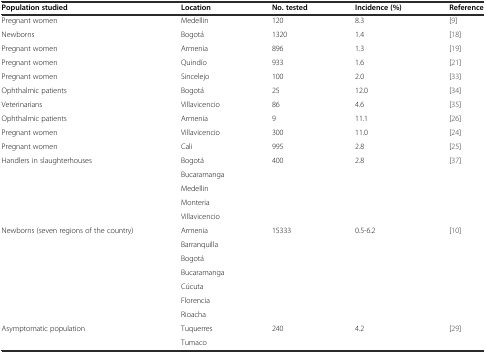
<table><thead><tr><td><b>Population studied</b></td><td><b>Location</b></td><td><b>No. tested</b></td><td><b>Incidence (%)</b></td><td><b>Reference</b></td></tr></thead><tbody><tr><td>Pregnant women</td><td>Medellin</td><td>120</td><td>8.3</td><td>[9]</td></tr><tr><td>Newborns</td><td>Bogotá</td><td>1320</td><td>1.4</td><td>[18]</td></tr><tr><td>Pregnant women</td><td>Armenia</td><td>896</td><td>1.3</td><td>[19]</td></tr><tr><td>Pregnant women</td><td>Quindío</td><td>933</td><td>1.6</td><td>[21]</td></tr><tr><td>Pregnant women</td><td>Sincelejo</td><td>100</td><td>2.0</td><td>[33]</td></tr><tr><td>Ophthalmic patients</td><td>Bogotá</td><td>25</td><td>12.0</td><td>[34]</td></tr><tr><td>Veterinarians</td><td>Villavicencio</td><td>86</td><td>4.6</td><td>[35]</td></tr><tr><td>Ophthalmic patients</td><td>Armenia</td><td>9</td><td>11.1</td><td>[26]</td></tr><tr><td>Pregnant women</td><td>Villavicencio</td><td>300</td><td>11.0</td><td>[24]</td></tr><tr><td>Pregnant women</td><td>Cali</td><td>995</td><td>2.8</td><td>[25]</td></tr><tr><td rowspan="5">Handlers in slaughterhouses</td><td>Bogotá</td><td rowspan="5">400</td><td rowspan="5">2.8</td><td rowspan="5">[37]</td></tr><tr><td>Bucaramanga</td></tr><tr><td>Medellin</td></tr><tr><td>Monteria</td></tr><tr><td>Villavicencio</td></tr><tr><td rowspan="7">Newborns (seven regions of the country)</td><td>Armenia</td><td rowspan="7">15333</td><td rowspan="7">0.5-6.2</td><td rowspan="7">[10]</td></tr><tr><td>Barranquilla</td></tr><tr><td>Bogotá</td></tr><tr><td>Bucaramanga</td></tr><tr><td>Cúcuta</td></tr><tr><td>Florencia</td></tr><tr><td>Rioacha</td></tr><tr><td rowspan="2">Asymptomatic population</td><td>Tuquerres</td><td rowspan="2">240</td><td rowspan="2">4.2</td><td rowspan="2">[29]</td></tr><tr><td>Tumaco</td></tr></tbody></table>